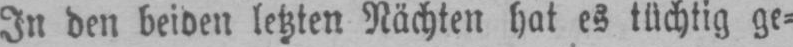
In den beiden letzten Nächten hat es tüchtig ge⸗